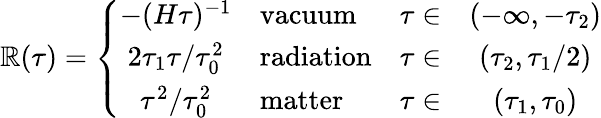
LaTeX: \mathbb{R}(\tau)=\left\{ \begin{array}{clrc}{{-(H\tau)^{-1}}}&{{\mathrm{vacuum}}}&{{\tau\in}}&{{(-\infty,-\tau_{2})}}\\ {{2\tau_{1}\tau/\tau_{0}^{2}}}&{{\mathrm{radiation}}}&{{\tau\in}}&{{(\tau_{2},\tau_{1}/2)}}\\ {{\tau^{2}/\tau_{0}^{2}}}&{{\mathrm{matter}}}&{{\tau\in}}&{{(\tau_{1},\tau_{0})}}\end{array}\right.